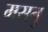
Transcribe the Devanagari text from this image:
मसतु